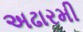
અઢારમી